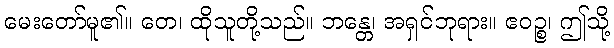
မေးတော်မူ၏။ တေ၊ ထိုသူတို့သည်။ ဘန္တေ၊ အရှင်ဘုရား။ ဧဝဉ္စ၊ ဤသို့